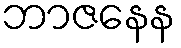
ဘာဇနေန